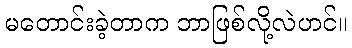
မတောင်းခဲ့တာက ဘာဖြစ်လို့လဲဟင်။